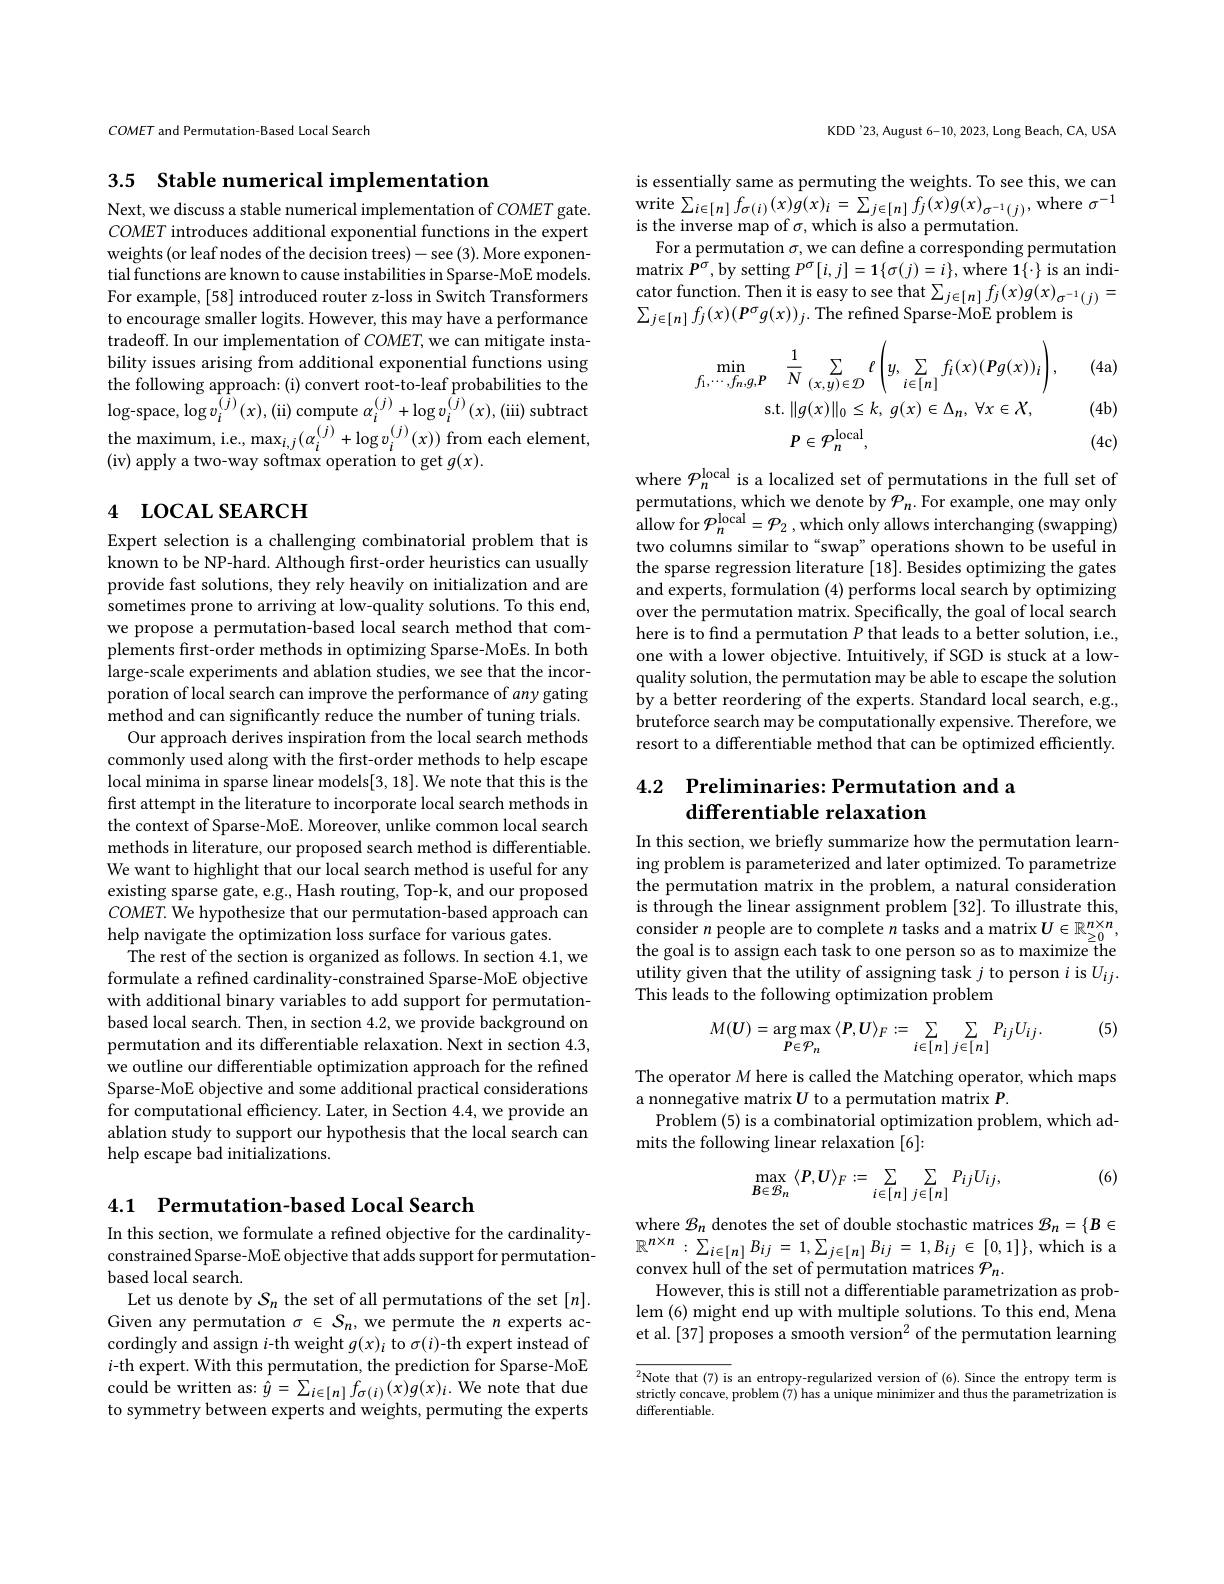
COMET and Permutation-Based Local Search

3.5 $\textbf{Stable numerical implementation}$

Next, we discuss a stable numerical implementation of $COMET$ gate. $COMET$ introduces additional exponential functions in the expert weights (or leaf nodes of the decision trees)- see (3). More exponential functions are known to cause instabilities in Sparse-MoE models For example, [58] introduced router z-loss in Switch Transformers to encourage smaller logits. However, this may have a performance tradeoff. In our implementation of $COMET$,we can mitigate instability issues arising from additional exponential functions using the following approach: (i) convert root-to-leaf probabilities to the $\log$-space,$\log v_i^{(j)}(x),($ii)compute $\alpha_i^{(j)}+\log v_i^{(j)}(x),($iii) subtract the maximum, i.e., $\operatorname*{max}_{i,j}(\alpha_{i}^{(j)}+\log v_{i}^{(j)}(x))$ from each element, (iv) apply a two-way softmax operation to get $g(x).$

# 4 LOCAL SEARCH

Expert selection is a challenging combinatorial problem that is known to be NP-hard. Although frst-order heuristics can usually provide fast solutions, they rely heavily on initialization and are sometimes prone to arriving at low-quality solutions. To this end, we propose a permutation-based local search method that complements first-order methods in optimizing Sparse-MoEs. In both large-scale experiments and ablation studies, we see that the incorporation of local search can improve the performance of any gating method and can significantly reduce the number of tuning trials.
Our approach derives inspiration from the local search methods commonly used along with the frst-order methods to help escape local minima in sparse linear models[3, 18]. We note that this is the first attempt in the literature to incorporate local search methods in the context of Sparse-MoE. Moreover, unlike common local search methods in literature, our proposed search method is differentiable. We want to highlight that our local search method is useful for any existing sparse gate, e.g., Hash routing, Top-k, and our proposed $COMET.$ We hypothesize that our permutation-based approach can help navigate the optimization loss surface for various gates.
The rest of the section is organized as follows. In section 4.1, we formulate a refined cardinality-constrained Sparse-MoE objective with additional binary variables to add support for permutationbased local search. Then, in section 4.2, we provide background on permutation and its differentiable relaxation. Next in section 4.3, we outline our differentiable optimization approach for the refined Sparse-MoE objective and some additional practical considerations for computational efficiency. Later, in Section 4.4,we provide an ablation study to support our hypothesis that the local search can help escape bad initializations.

4.1 Permutation-based Local Search

In this section, we formulate a refined objective for the cardinalityconstrained Sparse- MoE objective that adds support for permutationbased local search.
Let us denote by $S_n$ the set of all permutations of the set $[n].$ Given any permutation $\sigma\in S_n$, we permute the $n$ experts accordingly and assign $i$-th weight $g(x)_i$ to $\sigma(i)$-th expert instead of $i$-th expert. With this permutation, the prediction for Sparse-MoE could be written as: $\hat{y}=\sum_{i\in[n]}f_{\sigma(i)}(x)g(x)_{i}.$ We note that due to symmetry between experts and weights, permuting the experts

KDD'23, August 6-10, 2023, Long Beach, CA, USA

is essentially same as permuting the weights. To see this, we can write $\sum_{i\in[n]}f_{\sigma(i)}(x)\dot{g}(x)_{i}=\sum_{j\in[n]}f_{j}(x)g(x)_{\sigma^{-1}(j)}$,where $\sigma^{-1}$ is the inverse map of $\sigma$,which is also a permutation.
For a permutation $\sigma$, we can define a corresponding permutation $\operatorname*{matrix}P^{\sigma}$,by setting $P^\sigma[i,j]=1\{\sigma(j)=i\}$,where 1$\{\cdot\}$ is an indicator function. Then it is easy to see that $\sum_{j\in[n]}f_{j}(x)g(x)_{\sigma^{-1}(j)}=$ $\sum_{j\in[n]}f_j(x)(P^\sigma g(x))_j.$ The refined Sparse-MoE problem is

(4a)
$$\min_{f_{1},\cdots,f_{n},g,P}\quad\frac{1}{N}\sum_{(x,y)\in\mathcal{D}}\ell\left(y,\sum_{i\in[n]}f_{i}(x)(Pg(x))_{i}\right),\\\mathrm{s.t.}\:\|g(x)\|_{0}\leq k,\:g(x)\in\Delta_{n},\:\forall x\in\mathcal{X},\\P\in\mathcal{P}_{n}^{\mathrm{local}},$$
(4b) (4c)

where $P_n^\mathrm{local}$ is a localized set of permutations in the full set of permutations, which we denote by $\mathcal{P}_n.$ For example, one may only allow for $\mathcal{P} _{n}^{\mathrm{local}}= \mathcal{P} _{2}$ , which only allows interchanging (swapping) two columns similar to“swap”operations shown to be useful in the sparse regression literature [18]. Besides optimizing the gates and experts, formulation (4) performs local search by optimizing over the permutation matrix. Specifically, the goal of local search here is to find a permutation $P$ that leads to a better solution, i.e., one with a lower objective. Intuitively, if SGD is stuck at a lowquality solution, the permutation may be able to escape the solution by a better reordering of the experts. Standard local search, e.g., bruteforce search may be computationally expensive. Therefore, we resort to a differentiable method that can be optimized efficiently.

### 4.2 Preliminaries: Permutation and a differentiable relaxation

In this section, we briefly summarize how the permutation learning problem is parameterized and later optimized. To parametrize the permutation matrix in the problem, a natural consideration is through the linear assignment problem [32]. To illustrate this, consider $n$ people are to complete $n$ tasks and a matrix $U\in\mathbb{R}_\geq0^{n\times n}$ the goal is to assign each task to one person so as to maximize the utility given that the utility of assigning task $j$ to person $i$ is $U_ij.$ This leads to the following optimization problem

(5)
$$M(U)=\arg\max_{P\in\mathcal{P}_{n}}\langle P,U\rangle_{F}:=\sum_{i\in[n]}\sum_{j\in[n]}P_{ij}U_{ij}.$$
The operator $M$ here is called the Matching operator, which maps
a nonnegative matrix $U$ to a permutation matrix $P.$
Problem (5) is a combinatorial optimization problem, which ad-
mits the following linear relaxation [6]:

(6)
$$\max_{B\in\mathcal{B}_{n}}\langle P,U\rangle_{F}:=\sum_{i\in[n]}\sum_{j\in[n]}P_{ij}U_{ij},$$
$\begin{array}{l}{\mathrm{where~}\mathcal{B}_{n}\text{ denotes the set of double stochastic matrices }\mathcal{B}_{n}=\{\boldsymbol{B}\in\mathbb{R}^{n\times n}:\sum_{i\in[n]}B_{ij}=1,\sum_{j\in[n]}B_{ij}=1,B_{ij}\in[0,1]\},\mathrm{which~is~a}}\\{\mathbb{R}^{n\times n}:\sum_{i\in[n]}B_{ij}=1,\sum_{j\in[n]}B_{ij}=1,B_{ij}\in[0,1]\},\mathrm{which~is~a}}\end{array}$
convex hull of the set of permutation matrices $\mathcal{P}_n.$
However, this is still not a differentiable parametrization as problem (6) might end up with multiple solutions. To this end, Mena et al.[37] proposes a smooth version$^2$ of the permutation learning

$\overline{^2\text{Note that(7) is}}$ an entropy-regularized version of (6).Since the entropy term is strictly concave, problem (7) has a unique minimizer and thus the parametrization is differentiable.